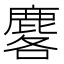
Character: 𪊲